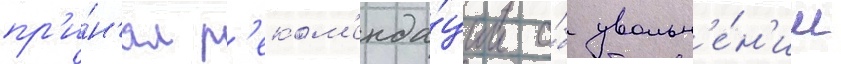
пр'и́н'ял р'еком'енда́ции о́б увольн'е́н'ии